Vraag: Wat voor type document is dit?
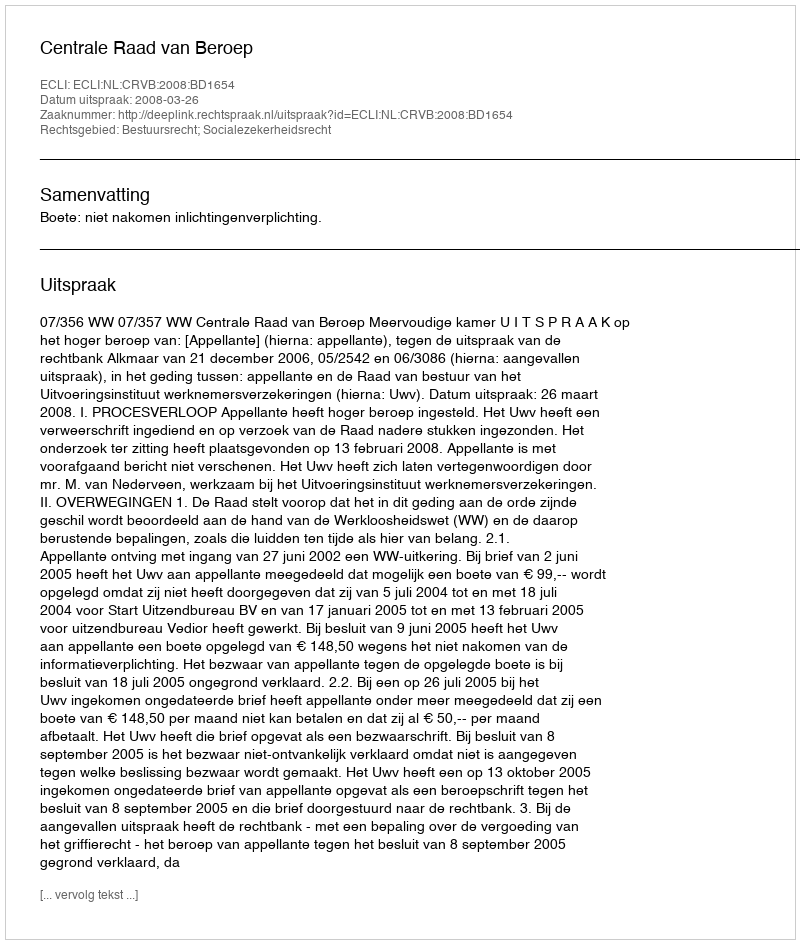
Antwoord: Uitspraak